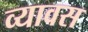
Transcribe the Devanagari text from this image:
व्यावस